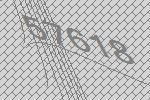
57618